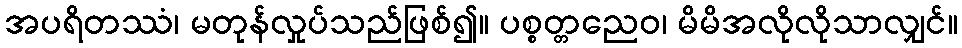
အပရိတဿံ၊ မတုန်လှုပ်သည်ဖြစ်၍။ ပစ္စတ္တညေဝ၊ မိမိအလိုလိုသာလျှင်။